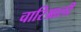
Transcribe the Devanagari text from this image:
चारिआली